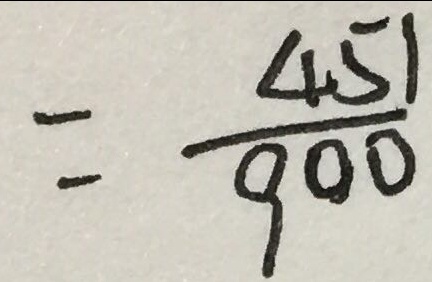
= \frac { 4 5 1 } { 9 0 0 }